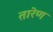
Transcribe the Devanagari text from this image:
तारेण